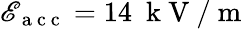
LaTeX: \mathscr{E}_{\mathrm{{~a~c~c~}}}=14\ \mathrm{{~k~V~}}/\mathrm{{~m~}}